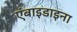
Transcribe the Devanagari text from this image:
एंबाइडाइना